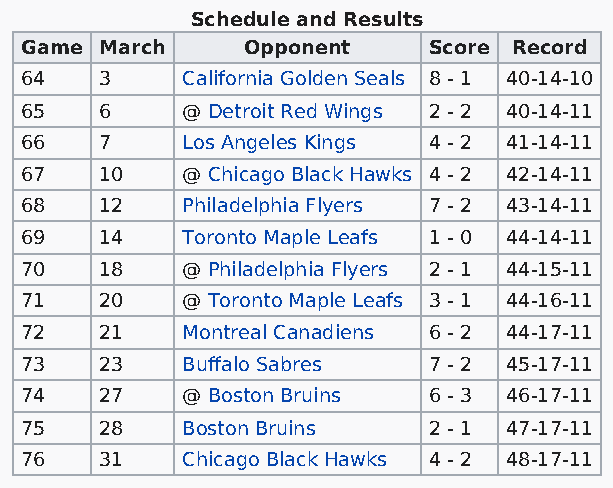
Schedule and Results
 Game  March    Opponent    Score Record
 64    3    California Golden Seals 8 - 1 40-14-10
 65    6    @ Detroit Red Wings 2 - 2 40-14-11
 66    7    Los Angeles Kings 4 - 2 41-14-11
 67    10   @ Chicago Black Hawks 4 - 2 42-14-11
 68    12   Philadelphia Flyers 7 - 2 43-14-11
 69    14   Toronto Maple Leafs 1 - 0 44-14-11
 70    18   @ Philadelphia Flyers 2 - 1 44-15-11
 71    20   @ Toronto Maple Leafs 3 - 1 44-16-11
 72    21   Montreal Canadiens 6 - 2 44-17-11
 73    23   Buffalo Sabres  7 - 2 45-17-11
 74    27   @ Boston Bruins 6 - 3 46-17-11
 75    28   Boston Bruins   2 - 1 47-17-11
 76    31   Chicago Black Hawks 4 - 2 48-17-11